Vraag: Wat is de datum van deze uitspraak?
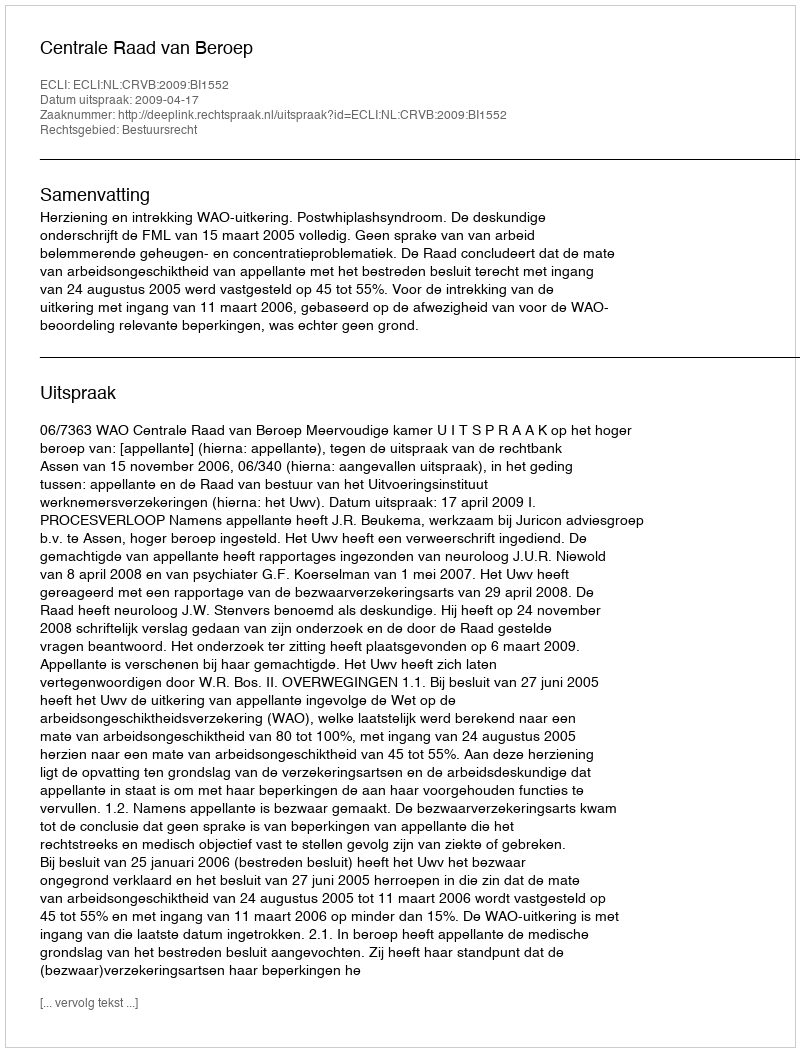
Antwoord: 2009-04-17